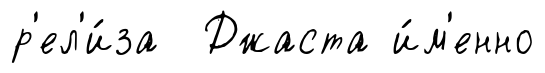
р'ел'и́за Джаста и́м'енно